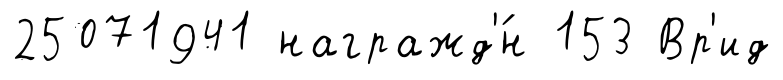
25071941 награжд'́н 153 Вр'ид